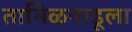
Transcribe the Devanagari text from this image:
तामिळनाडूला